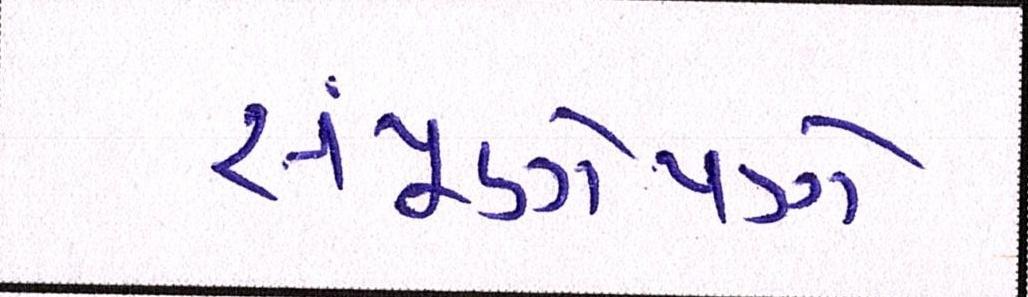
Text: સંપૂર્ણપણે